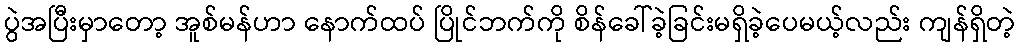
ပွဲအပြီးမှာတော့ အူစ်မန်ဟာ နောက်ထပ် ပြိုင်ဘက်ကို စိန်ခေါ်ခဲ့ခြင်းမရှိခဲ့ပေမယ့်လည်း ကျန်ရှိတဲ့